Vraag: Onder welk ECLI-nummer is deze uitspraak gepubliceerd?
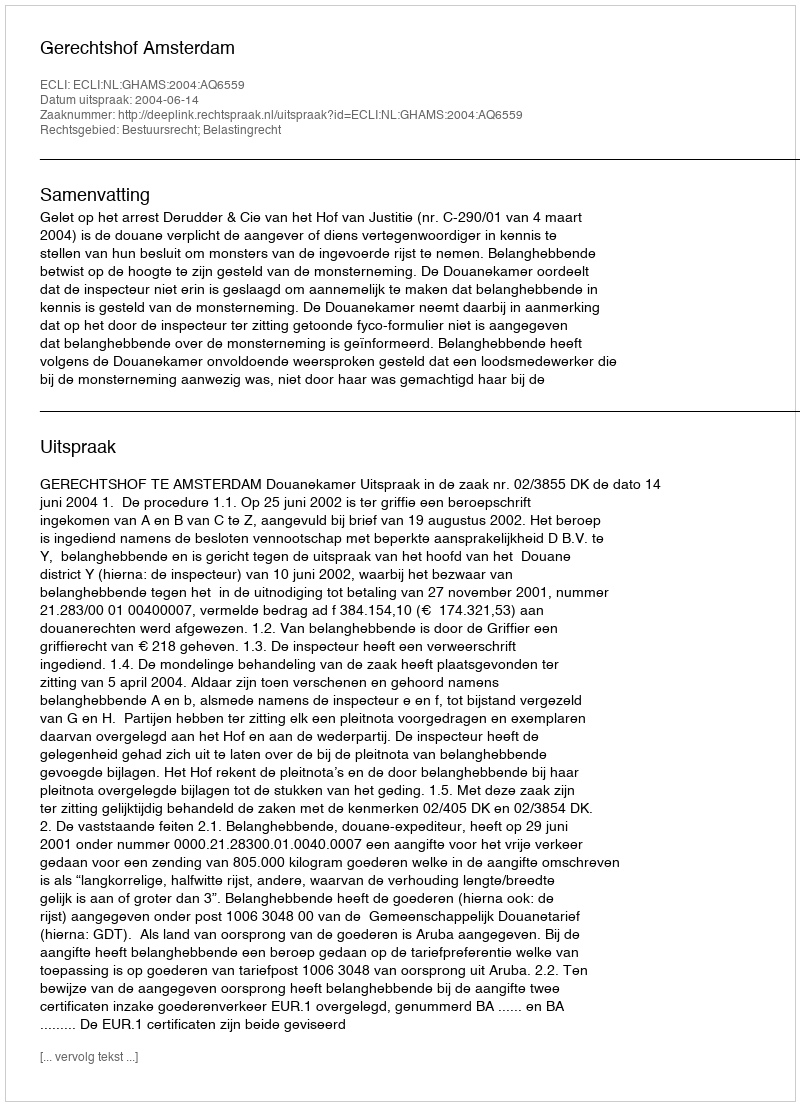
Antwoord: ECLI:NL:GHAMS:2004:AQ6559